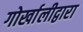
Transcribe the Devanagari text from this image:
गोर्खालीद्वारा